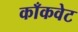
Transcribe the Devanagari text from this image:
काँकवेट